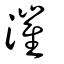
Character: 漼